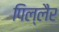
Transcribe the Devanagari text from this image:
पिल्लैर